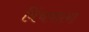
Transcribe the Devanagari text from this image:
विंचवाला